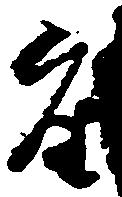
座